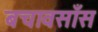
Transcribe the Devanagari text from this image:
बचावसाँस